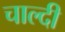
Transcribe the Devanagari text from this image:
चाल्दी